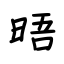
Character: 晤